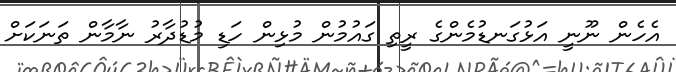
އެހެން ނޫނީ އަޅުގަނޑުމެންގެ ރީތި ގައުމުން މުޅިން ހަޑި މުޑުދާރު ނާމާން ތަނަކަށް